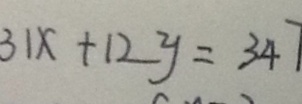
3 1 x + 1 2 y = 3 4 7